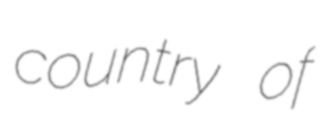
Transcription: country of